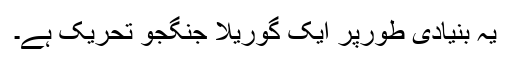
یہ بنیادی طورپر ایک گوریلا جنگجو تحریک ہے۔